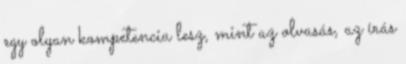
egy olyan kompetencia lesz, mint az olvasás, az írás